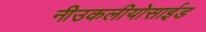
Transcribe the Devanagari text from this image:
नीउकलीयोसाईड